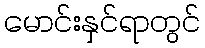
မောင်းနှင်ရာတွင်